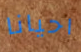
احيانا